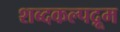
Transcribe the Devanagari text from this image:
शब्दकल्पद्रूम